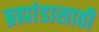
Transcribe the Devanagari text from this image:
ब्रह्मांडासाठी